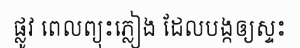
ផ្លូវ ពេលព្យុះភ្លៀង ដែលបង្កឲ្យស្ទះ